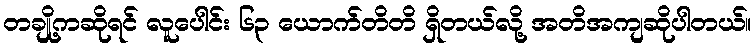
တချို့ကဆိုရင် လူပေါင်း ၆၃ ယောက်တိတိ ရှိတယ်လို့ အတိအကျဆိုပါတယ်။